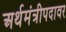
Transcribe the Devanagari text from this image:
अर्थमंत्रीपदावर